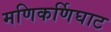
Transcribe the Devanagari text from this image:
मणिकर्णिघाट